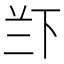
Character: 𱍖